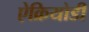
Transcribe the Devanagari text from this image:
ऐक्रियोडी